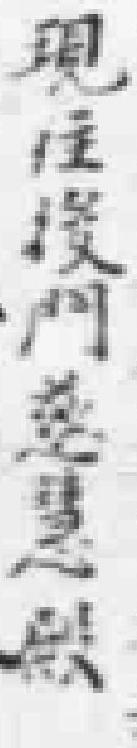
現住後門慈慧殿